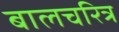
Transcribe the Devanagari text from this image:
बालचरित्र